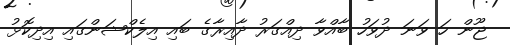
ޖޫން ހަ ވަނަ ދުވަހު ބާއްވާ ދިއްގަރު ދާއިރާގެ ބައި އިލެކްޝަންގައި އިދިކޮޅު